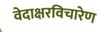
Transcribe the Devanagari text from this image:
वेदाक्षरविचारेण